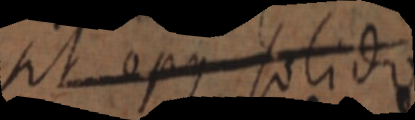
sit opus solido